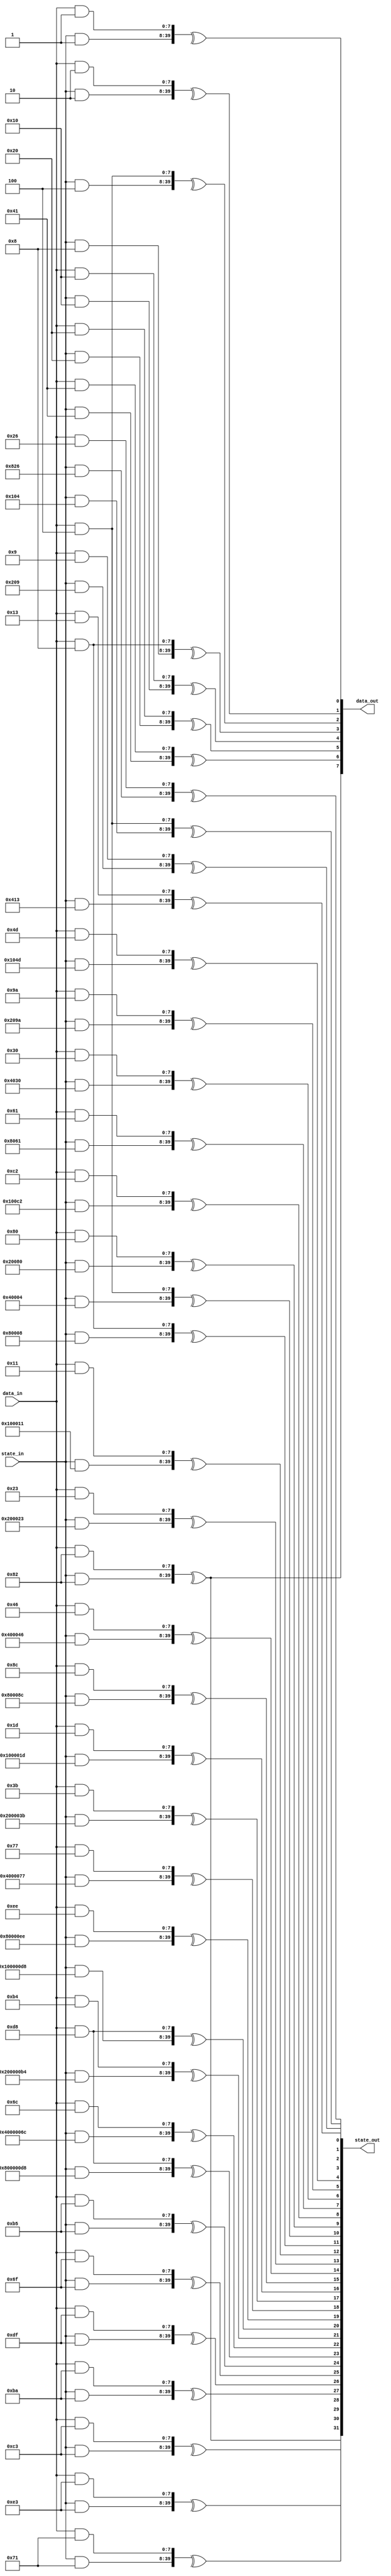
/*

Copyright (c) 2016-2018 Alex Forencich

Permission is hereby granted, free of charge, to any person obtaining a copy
of this software and associated documentation files (the "Software"), to deal
in the Software without restriction, including without limitation the rights
to use, copy, modify, merge, publish, distribute, sublicense, and/or sell
copies of the Software, and to permit persons to whom the Software is
furnished to do so, subject to the following conditions:

The above copyright notice and this permission notice shall be included in
all copies or substantial portions of the Software.

THE SOFTWARE IS PROVIDED "AS IS", WITHOUT WARRANTY OF ANY KIND, EXPRESS OR
IMPLIED, INCLUDING BUT NOT LIMITED TO THE WARRANTIES OF MERCHANTABILITY
FITNESS FOR A PARTICULAR PURPOSE AND NONINFRINGEMENT. IN NO EVENT SHALL THE
AUTHORS OR COPYRIGHT HOLDERS BE LIABLE FOR ANY CLAIM, DAMAGES OR OTHER
LIABILITY, WHETHER IN AN ACTION OF CONTRACT, TORT OR OTHERWISE, ARISING FROM,
OUT OF OR IN CONNECTION WITH THE SOFTWARE OR THE USE OR OTHER DEALINGS IN
THE SOFTWARE.

*/

// Language: Verilog 2001

`timescale 1ns / 1ps

/*
 * Parametrizable combinatorial parallel LFSR/CRC
 */
module lfsr #
(
    // width of LFSR
    parameter LFSR_WIDTH = 32,
    // LFSR polynomial
    parameter LFSR_POLY = 31'h10000001,
    // LFSR configuration: "GALOIS", "FIBONACCI"
    parameter LFSR_CONFIG = "FIBONACCI",
    // LFSR feed forward enable
    parameter LFSR_FEED_FORWARD = 0,
    // bit-reverse input and output
    parameter REVERSE = 0,
    // width of data input
    parameter DATA_WIDTH = 8,
    // implementation style: "AUTO", "LOOP", "REDUCTION"
    parameter STYLE = "AUTO"
)
(
    input  wire [DATA_WIDTH-1:0] data_in,
    input  wire [LFSR_WIDTH-1:0] state_in,
    output wire [DATA_WIDTH-1:0] data_out,
    output wire [LFSR_WIDTH-1:0] state_out
);

/*

Fully parametrizable combinatorial parallel LFSR/CRC module.  Implements an unrolled LFSR
next state computation, shifting DATA_WIDTH bits per pass through the module.  Input data
is XORed with LFSR feedback path, tie data_in to zero if this is not required.

Works in two parts: statically computes a set of bit masks, then uses these bit masks to
select bits for XORing to compute the next state.  

Ports:

data_in

Data bits to be shifted through the LFSR (DATA_WIDTH bits)

state_in

LFSR/CRC current state input (LFSR_WIDTH bits)

data_out

Data bits shifted out of LFSR (DATA_WIDTH bits)

state_out

LFSR/CRC next state output (LFSR_WIDTH bits)

Parameters:

LFSR_WIDTH

Specify width of LFSR/CRC register

LFSR_POLY

Specify the LFSR/CRC polynomial in hex format.  For example, the polynomial

x^32 + x^26 + x^23 + x^22 + x^16 + x^12 + x^11 + x^10 + x^8 + x^7 + x^5 + x^4 + x^2 + x + 1

would be represented as

32'h04c11db7

Note that the largest term (x^32) is suppressed.  This term is generated automatically based
on LFSR_WIDTH.

LFSR_CONFIG

Specify the LFSR configuration, either Fibonacci or Galois.  Fibonacci is generally used
for linear-feedback shift registers (LFSR) for pseudorandom binary sequence (PRBS) generators,
scramblers, and descrambers, while Galois is generally used for cyclic redundancy check
generators and checkers.

Fibonacci style (example for 64b66b scrambler, 0x8000000001)

   DIN (LSB first)
    |
    V
   (+)<---------------------------(+)<-----------------------------.
    |                              ^                               |
    |  .----.  .----.       .----. |  .----.       .----.  .----.  |
    +->|  0 |->|  1 |->...->| 38 |-+->| 39 |->...->| 56 |->| 57 |--'
    |  '----'  '----'       '----'    '----'       '----'  '----'
    V
   DOUT

Galois style (example for CRC16, 0x8005)

    ,-------------------+-------------------------+----------(+)<-- DIN (MSB first)
    |                   |                         |           ^
    |  .----.  .----.   V   .----.       .----.   V   .----.  |
    `->|  0 |->|  1 |->(+)->|  2 |->...->| 14 |->(+)->| 15 |--+---> DOUT
       '----'  '----'       '----'       '----'       '----'

LFSR_FEED_FORWARD

Generate feed forward instead of feed back LFSR.  Enable this for PRBS checking and self-
synchronous descrambling.

Fibonacci feed-forward style (example for 64b66b descrambler, 0x8000000001)

   DIN (LSB first)
    |
    |  .----.  .----.       .----.    .----.       .----.  .----.
    +->|  0 |->|  1 |->...->| 38 |-+->| 39 |->...->| 56 |->| 57 |--.
    |  '----'  '----'       '----' |  '----'       '----'  '----'  |
    |                              V                               |
   (+)<---------------------------(+)------------------------------'
    |
    V
   DOUT

Galois feed-forward style

    ,-------------------+-------------------------+------------+--- DIN (MSB first)
    |                   |                         |            |
    |  .----.  .----.   V   .----.       .----.   V   .----.   V
    `->|  0 |->|  1 |->(+)->|  2 |->...->| 14 |->(+)->| 15 |->(+)-> DOUT
       '----'  '----'       '----'       '----'       '----'

REVERSE

Bit-reverse LFSR input and output.  Shifts MSB first by default, set REVERSE for LSB first.

DATA_WIDTH

Specify width of input and output data bus.  The module will perform one shift per input
data bit, so if the input data bus is not required tie data_in to zero and set DATA_WIDTH
to the required number of shifts per clock cycle.  

STYLE

Specify implementation style.  Can be "AUTO", "LOOP", or "REDUCTION".  When "AUTO"
is selected, implemenation will be "LOOP" or "REDUCTION" based on synthesis translate
directives.  "REDUCTION" and "LOOP" are functionally identical, however they simulate
and synthesize differently.  "REDUCTION" is implemented with a loop over a Verilog
reduction operator.  "LOOP" is implemented as a doubly-nested loop with no reduction
operator.  "REDUCTION" is very fast for simulation in iverilog and synthesizes well in
Quartus but synthesizes poorly in ISE, likely due to large inferred XOR gates causing
problems with the optimizer.  "LOOP" synthesizes will in both ISE and Quartus.  "AUTO"
will default to "REDUCTION" when simulating and "LOOP" for synthesizers that obey
synthesis translate directives.

Settings for common LFSR/CRC implementations:

Name        Configuration           Length  Polynomial      Initial value   Notes
CRC16-IBM   Galois, bit-reverse     16      16'h8005        16'hffff
CRC16-CCITT Galois                  16      16'h1021        16'h1d0f
CRC32       Galois, bit-reverse     32      32'h04c11db7    32'hffffffff    Ethernet FCS; invert final output
PRBS6       Fibonacci               6       6'h21           any
PRBS7       Fibonacci               7       7'h41           any
PRBS9       Fibonacci               9       9'h021          any             ITU V.52
PRBS10      Fibonacci               10      10'h081         any             ITU
PRBS11      Fibonacci               11      11'h201         any             ITU O.152
PRBS15      Fibonacci, inverted     15      15'h4001        any             ITU O.152
PRBS17      Fibonacci               17      17'h04001       any
PRBS20      Fibonacci               20      20'h00009       any             ITU V.57
PRBS23      Fibonacci, inverted     23      23'h040001      any             ITU O.151
PRBS29      Fibonacci, inverted     29      29'h08000001    any
PRBS31      Fibonacci, inverted     31      31'h10000001    any
64b66b      Fibonacci, bit-reverse  58      58'h8000000001  any             10G Ethernet
128b130b    Galois, bit-reverse     23      23'h210125      any             PCIe gen 3

*/

wire [LFSR_WIDTH-1:0] lfsr_mask_state[LFSR_WIDTH-1:0];
wire [DATA_WIDTH-1:0] lfsr_mask_data[LFSR_WIDTH-1:0];
wire [LFSR_WIDTH-1:0] output_mask_state[DATA_WIDTH-1:0];
wire [DATA_WIDTH-1:0] output_mask_data[DATA_WIDTH-1:0];

wire [LFSR_WIDTH-1:0] state_val;
wire [DATA_WIDTH-1:0] data_val;

integer i, j;

assign lfsr_mask_state[31] = 32'h00000082;
assign lfsr_mask_state[30] = 32'h000000c3;
assign lfsr_mask_state[29] = 32'h000000e3;
assign lfsr_mask_state[28] = 32'h00000071;
assign lfsr_mask_state[27] = 32'h000000ba;
assign lfsr_mask_state[26] = 32'h000000df;
assign lfsr_mask_state[25] = 32'h0000006f;
assign lfsr_mask_state[24] = 32'h000000b5;
assign lfsr_mask_state[23] = 32'h800000d8;
assign lfsr_mask_state[22] = 32'h4000006c;
assign lfsr_mask_state[21] = 32'h200000b4;
assign lfsr_mask_state[20] = 32'h100000d8;
assign lfsr_mask_state[19] = 32'h080000ee;
assign lfsr_mask_state[18] = 32'h04000077;
assign lfsr_mask_state[17] = 32'h0200003b;
assign lfsr_mask_state[16] = 32'h0100001d;
assign lfsr_mask_state[15] = 32'h0080008c;
assign lfsr_mask_state[14] = 32'h00400046;
assign lfsr_mask_state[13] = 32'h00200023;
assign lfsr_mask_state[12] = 32'h00100011;
assign lfsr_mask_state[11] = 32'h00080008;
assign lfsr_mask_state[10] = 32'h00040004;
assign lfsr_mask_state[9] = 32'h00020080;
assign lfsr_mask_state[8] = 32'h000100c2;
assign lfsr_mask_state[7] = 32'h00008061;
assign lfsr_mask_state[6] = 32'h00004030;
assign lfsr_mask_state[5] = 32'h0000209a;
assign lfsr_mask_state[4] = 32'h0000104d;
assign lfsr_mask_state[3] = 32'h00000826;
assign lfsr_mask_state[2] = 32'h00000413;
assign lfsr_mask_state[1] = 32'h00000209;
assign lfsr_mask_state[0] = 32'h00000104;

assign lfsr_mask_data[31] = 8'h82;
assign lfsr_mask_data[30] = 8'hc3;
assign lfsr_mask_data[29] = 8'he3;
assign lfsr_mask_data[28] = 8'h71;
assign lfsr_mask_data[27] = 8'hba;
assign lfsr_mask_data[26] = 8'hdf;
assign lfsr_mask_data[25] = 8'h6f;
assign lfsr_mask_data[24] = 8'hb5;
assign lfsr_mask_data[23] = 8'hd8;
assign lfsr_mask_data[22] = 8'h6c;
assign lfsr_mask_data[21] = 8'hb4;
assign lfsr_mask_data[20] = 8'hd8;
assign lfsr_mask_data[19] = 8'hee;
assign lfsr_mask_data[18] = 8'h77;
assign lfsr_mask_data[17] = 8'h3b;
assign lfsr_mask_data[16] = 8'h1d;
assign lfsr_mask_data[15] = 8'h8c;
assign lfsr_mask_data[14] = 8'h46;
assign lfsr_mask_data[13] = 8'h23;
assign lfsr_mask_data[12] = 8'h11;
assign lfsr_mask_data[11] = 8'h08;
assign lfsr_mask_data[10] = 8'h04;
assign lfsr_mask_data[9] = 8'h80;
assign lfsr_mask_data[8] = 8'hc2;
assign lfsr_mask_data[7] = 8'h61;
assign lfsr_mask_data[6] = 8'h30;
assign lfsr_mask_data[5] = 8'h9a;
assign lfsr_mask_data[4] = 8'h4d;
assign lfsr_mask_data[3] = 8'h26;
assign lfsr_mask_data[2] = 8'h13;
assign lfsr_mask_data[1] = 8'h09;
assign lfsr_mask_data[0] = 8'h04;

assign output_mask_state[7] = 32'h00000082;
assign output_mask_state[6] = 32'h00000041;
assign output_mask_state[5] = 32'h00000020;
assign output_mask_state[4] = 32'h00000010;
assign output_mask_state[3] = 32'h00000008;
assign output_mask_state[2] = 32'h00000004;
assign output_mask_state[1] = 32'h00000002;
assign output_mask_state[0] = 32'h00000001;

assign output_mask_data[7] = 8'h82;
assign output_mask_data[6] = 8'h41;
assign output_mask_data[5] = 8'h20;
assign output_mask_data[4] = 8'h10;
assign output_mask_data[3] = 8'h08;
assign output_mask_data[2] = 8'h04;
assign output_mask_data[1] = 8'h02;
assign output_mask_data[0] = 8'h01;

assign state_val = 32'h00000082;
assign data_val = 8'h82;

// synthesis translate_off
`define SIMULATION
// synthesis translate_on

`ifdef SIMULATION
// "AUTO" style is "REDUCTION" for faster simulation
parameter STYLE_INT = (STYLE == "AUTO") ? "REDUCTION" : STYLE;
`else
// "AUTO" style is "LOOP" for better synthesis result
parameter STYLE_INT = (STYLE == "AUTO") ? "LOOP" : STYLE;
`endif

genvar n;

generate

if (STYLE_INT == "REDUCTION") begin

    // use Verilog reduction operator
    // fast in iverilog
    // significantly larger than generated code with ISE (inferred wide XORs may be tripping up optimizer)
    // slightly smaller than generated code with Quartus
    // --> better for simulation

    for (n = 0; n < LFSR_WIDTH; n = n + 1) begin : loop1
        assign state_out[n] = ^{(state_in & lfsr_mask_state[n]), (data_in & lfsr_mask_data[n])};
    end
    for (n = 0; n < DATA_WIDTH; n = n + 1) begin : loop2
        assign data_out[n] = ^{(state_in & output_mask_state[n]), (data_in & output_mask_data[n])};
    end

end else if (STYLE_INT == "LOOP") begin

    // use nested loops
    // very slow in iverilog
    // slightly smaller than generated code with ISE
    // same size as generated code with Quartus
    // --> better for synthesis

    reg [LFSR_WIDTH-1:0] state_out_reg = 0;
    reg [DATA_WIDTH-1:0] data_out_reg = 0;

    assign state_out = state_out_reg;
    assign data_out = data_out_reg;

    always @* begin
        for (i = 0; i < LFSR_WIDTH; i = i + 1) begin
            state_out_reg[i] = 0;
            for (j = 0; j < LFSR_WIDTH; j = j + 1) begin
                if (lfsr_mask_state[i][j]) begin
                    state_out_reg[i] = state_out_reg[i] ^ state_in[j];
                end
            end
            for (j = 0; j < DATA_WIDTH; j = j + 1) begin
                if (lfsr_mask_data[i][j]) begin
                    state_out_reg[i] = state_out_reg[i] ^ data_in[j];
                end
            end
        end
        for (i = 0; i < DATA_WIDTH; i = i + 1) begin
            data_out_reg[i] = 0;
            for (j = 0; j < LFSR_WIDTH; j = j + 1) begin
                if (output_mask_state[i][j]) begin
                    data_out_reg[i] = data_out_reg[i] ^ state_in[j];
                end
            end
            for (j = 0; j < DATA_WIDTH; j = j + 1) begin
                if (output_mask_data[i][j]) begin
                    data_out_reg[i] = data_out_reg[i] ^ data_in[j];
                end
            end
        end
    end

end else begin

    initial begin
        $error("Error: unknown style setting!");
        $finish;
    end

end

endgenerate

endmodule